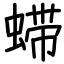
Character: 䗖